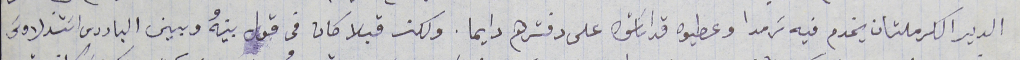
الدير الكرملتان يخدم فيه ترمدا وعطيوه قداسات على دفترهم دايما. ولكن قبلا كان في قول بينهُ وبين البادرى اسَتذلاوسَ